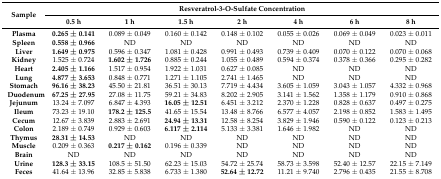
<table><thead><tr><td rowspan="2"><b>Sample</b></td><td colspan="7"><b>Resveratrol-3-O-Sulfate Concentration</b></td></tr><tr><td><b>0.5 h</b></td><td><b>1 h</b></td><td><b>1.5 h</b></td><td><b>2 h</b></td><td><b>4 h</b></td><td><b>6 h</b></td><td><b>8 h</b></td></tr></thead><tbody><tr><td><b>Plasma</b></td><td><b>0.265 ± 0.141</b></td><td>0.089 ± 0.049</td><td>0.160 ± 0.142</td><td>0.148 ± 0.102</td><td>0.055 ± 0.026</td><td>0.069 ± 0.049</td><td>0.023 ± 0.011</td></tr><tr><td><b>Spleen</b></td><td><b>0.558 ± 0.966</b></td><td>ND</td><td>ND</td><td>ND</td><td>ND</td><td>ND</td><td>ND</td></tr><tr><td><b>Liver</b></td><td><b>1.649 ± 0.975</b></td><td>0.596 ± 0.347</td><td>1.081 ± 0.428</td><td>0.991 ± 0.493</td><td>0.739 ± 0.409</td><td>0.070 ± 0.122</td><td>0.070 ± 0.068</td></tr><tr><td><b>Kidney</b></td><td>1.525 ± 0.724</td><td><b>1.602 ± 1.726</b></td><td>0.885 ± 0.244</td><td>1.055 ± 0.489</td><td>0.594 ± 0.374</td><td>0.378 ± 0.366</td><td>0.295 ± 0.282</td></tr><tr><td><b>Heart</b></td><td><b>2.405 ± 1.166</b></td><td>1.517 ± 0.954</td><td>1.922 ± 1.031</td><td>0.627 ± 0.085</td><td>ND</td><td>ND</td><td>ND</td></tr><tr><td><b>Lung</b></td><td><b>4.877 ± 3.653</b></td><td>0.848 ± 0.771</td><td>1.271 ± 1.105</td><td>2.741 ± 1.465</td><td>ND</td><td>ND</td><td>ND</td></tr><tr><td><b>Stomach</b></td><td><b>96.16 ± 38.23</b></td><td>45.50 ± 21.81</td><td>36.51 ± 30.13</td><td>7.719 ± 4.434</td><td>3.605 ± 1.059</td><td>3.043 ± 1.057</td><td>4.332 ± 0.968</td></tr><tr><td><b>Duodenum</b></td><td><b>67.25 ± 27.95</b></td><td>27.08 ± 11.75</td><td>59.21 ± 34.83</td><td>8.202 ± 2.905</td><td>3.141 ± 1.562</td><td>1.358 ± 1.179</td><td>0.910 ± 0.868</td></tr><tr><td><b>Jejunum</b></td><td>13.24 ± 7.097</td><td>6.847 ± 4.393</td><td><b>16.05 ± 12.51</b></td><td>6.451 ± 3.212</td><td>2.370 ± 1.228</td><td>0.828 ± 0.637</td><td>0.497 ± 0.275</td></tr><tr><td><b>Ileum</b></td><td>73.23 ± 19.10</td><td><b>178.2 ± 125.5</b></td><td>41.65 ± 15.54</td><td>13.48 ± 8.766</td><td>6.577 ± 4.057</td><td>2.198 ± 0.852</td><td>1.583 ± 1.495</td></tr><tr><td><b>Cecum</b></td><td>12.67 ± 3.839</td><td>2.883 ± 2.691</td><td><b>24.94 ± 13.31</b></td><td>12.58 ± 8.254</td><td>3.829 ± 1.946</td><td>0.590 ± 0.122</td><td>0.123 ± 0.213</td></tr><tr><td><b>Colon</b></td><td>2.189 ± 0.749</td><td>0.929 ± 0.603</td><td><b>6.117 ± 2.114</b></td><td>5.133 ± 3.381</td><td>1.646 ± 1.982</td><td>ND</td><td>ND</td></tr><tr><td><b>Thymus</b></td><td><b>28.31 ± 14.53</b></td><td>ND</td><td>ND</td><td>ND</td><td>ND</td><td>ND</td><td>ND</td></tr><tr><td><b>Muscle</b></td><td>0.209 ± 0.363</td><td><b>0.217 ± 0.162</b></td><td>0.196 ± 0.339</td><td>ND</td><td>ND</td><td>ND</td><td>ND</td></tr><tr><td><b>Brain</b></td><td>ND</td><td>ND</td><td>ND</td><td>ND</td><td>ND</td><td>ND</td><td>ND</td></tr><tr><td><b>Urine</b></td><td><b>128.3 ± 33.15</b></td><td>108.5 ± 51.50</td><td>62.23 ± 15.03</td><td>54.72 ± 25.74</td><td>58.73 ± 3.598</td><td>52.40 ± 12.57</td><td>22.15 ± 7.149</td></tr><tr><td><b>Feces</b></td><td>41.64 ± 13.96</td><td>32.85 ± 5.838</td><td>6.733 ± 1.380</td><td><b>52.64 ± 12.72</b></td><td>11.21 ± 9.740</td><td>2.796 ± 0.435</td><td>21.55 ± 8.708</td></tr></tbody></table>